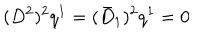
LaTeX: ( D ^ { 2 } ) ^ { 2 } q ^ { 1 } = ( \bar { D } _ { 1 } ) ^ { 2 } q ^ { 1 } = 0